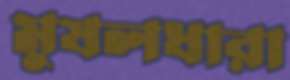
মুষলধারা